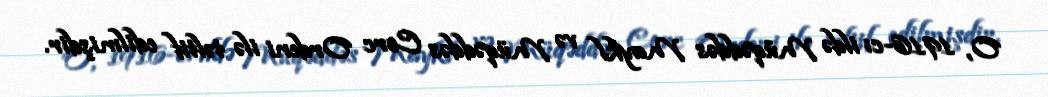
O, 1916-cı ildə Müqəddəs Maykl və Müqəddəs Corc Ordeni ilə təltif edilmişdir.